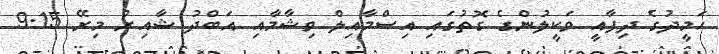
ހަމީދުގެ ދިފާއީ ވަކީލުންގެ ގޮތުގައި އިސްމާއިލް ވިޝާމާއި އަބްދު ޝާއިރު މިރޭ 9:15